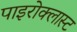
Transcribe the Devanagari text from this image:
पाइरोक्लास्ट